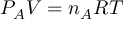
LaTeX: P _ { A } V = n _ { A } R T